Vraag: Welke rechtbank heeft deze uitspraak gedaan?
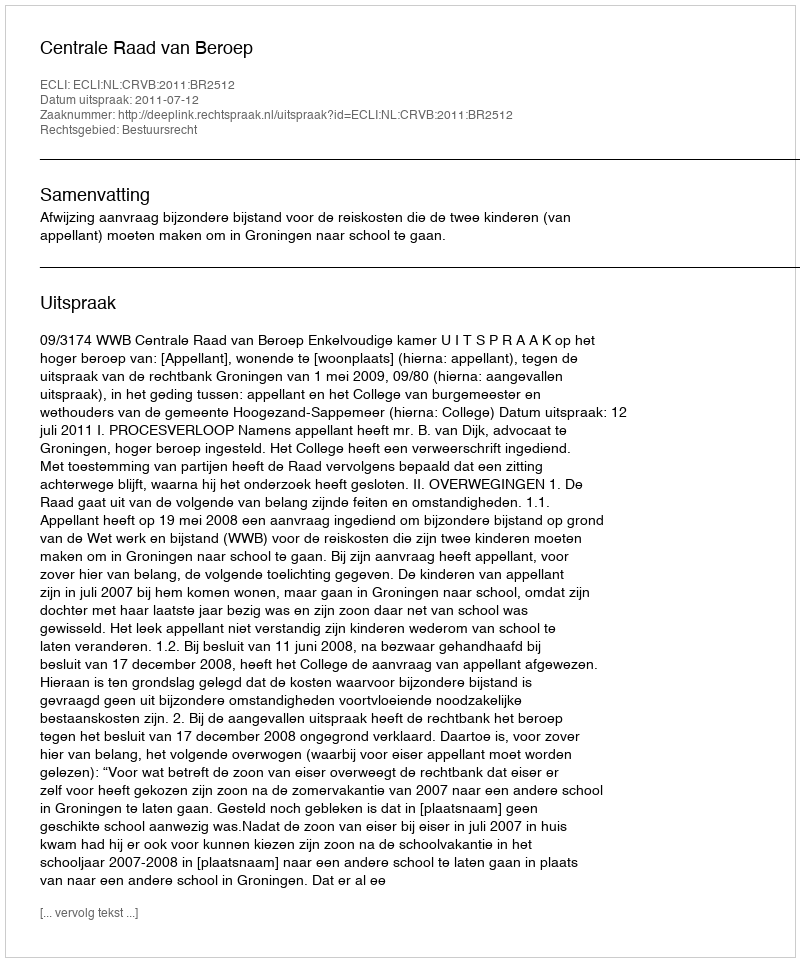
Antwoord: Centrale Raad van Beroep